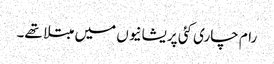
رام چاری کئی پریشانیوں میں مبتلا تھے۔